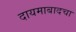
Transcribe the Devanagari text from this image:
दायमाबादचा